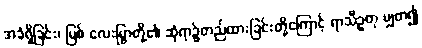
အခံရှိခြင်း၊ မြစ် လေးမြွာတို့၏ ဆုံရာ၌တည်ထားခြင်းတို့ကြောင့် ရာသီဥတု မျှတ၍